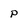
Character: P